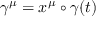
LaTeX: \gamma ^ { \mu } = x ^ { \mu } \circ \gamma ( t )